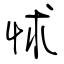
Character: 怵